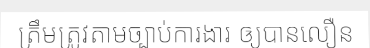
ត្រឹមត្រូវតាមច្បាប់ការងារ ឲ្យបានលឿន